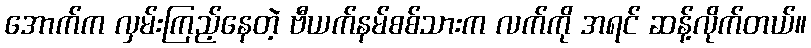
အောက်က လှမ်းကြည့်နေတဲ့ ဗီယက်နမ်စစ်သားက လက်ကို အရင် ဆန့်လိုက်တယ်။